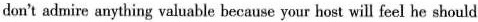
don't admire anything valuable because your host will feel he should